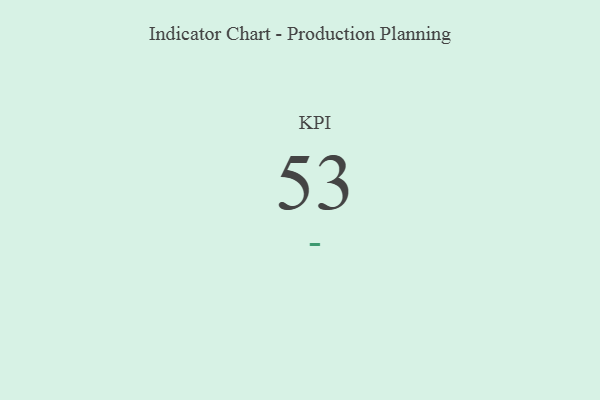
{"axis": {"x": "KPI", "y": "Value"}, "legend": [""], "data": [{"x": "KPI", "y": 53, "type": ""}]}